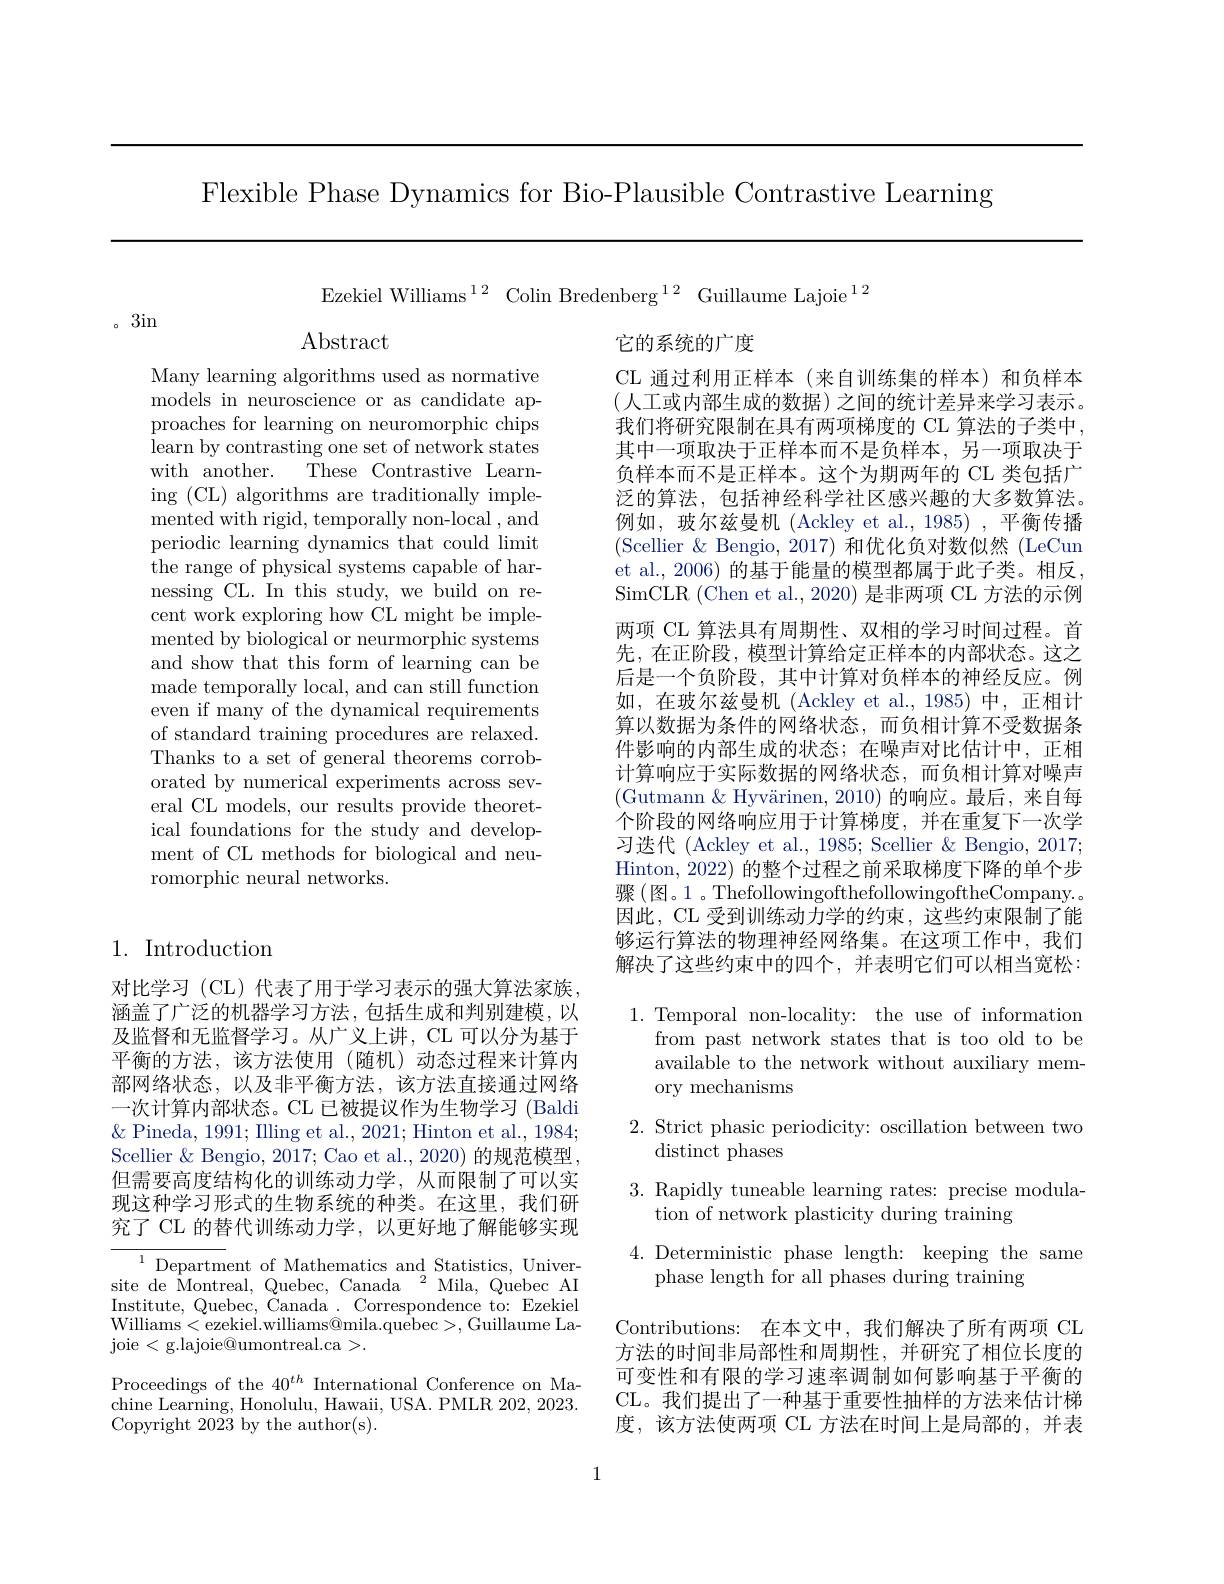
Flexible Phase Dynamics for Bio-Plausible Contrastive Learning

Ezekiel Williams$^{12}$ Colin Bredenberg$^{12}$ Guillaume Lajoie$^{12}$

。3in

Abstract

Many learning algorithms used as normative models in neuroscience or as candidate approaches for learning on neuromorphic chips learn by contrasting one set of network states with another. These Contrastive Learning (CL) algorithms are traditionally implemented with rigid, temporally non-local , and periodic learning dynamics that could limit ${\mathrm{~the~range~of~physical~systems~capable~of~har-}}$ nessing CL. In this study, we build on recent work exploring how CL might be implemented by biological or neurmorphic systems and show that this form of learning can be made temporally local, and can still function even if many of the dynamical requirements of standard training procedures are relaxed. Thanks to a set of general theorems corroborated by numerical experiments across several CL models, our results provide theoretical foundations for the study and development of CL methods for biological and neuromorphic neural networks.

它的系统的广度
CL 通过利用正样本(来自训练集的样本)和负样本(人工或内部生成的数据)之间的统计差异来学习表示。我们将研究限制在具有两项梯度的 CL 算法的子类中， 其中一项取决于正样本而不是负样本，另一项取决于负样本而不是正样本。这个为期两年的 CL 类包括广泛的算法，包括神经科学社区感兴趣的大多数算法。例如，玻尔兹曼机 (Ackley et al.,1985),平衡传播(Scellier & Bengio, 2017) 和优化负对数似然(LeCun et al., 2006) 的基于能量的模型都属于此子类。相反SimCLR (Chen et al., 2020) 是非两项 CL 方法的示例两项 CL 算法具有周期性、双相的学习时间过程。首先，在正阶段，模型计算给定正样本的内部状态。这之后是一个负阶段，其中计算对负样本的神经反应。例如，在玻尔兹曼机(Ackley et al.,1985)中，正相计算以数据为条件的网络状态，而负相计算不受数据条件影响的内部生成的状态；在噪声对比估计中，正相计算响应于实际数据的网络状态，而负相计算对噪声(Gutmann& Hyvärinen, 2010) 的响应。最后，来自每个阶段的网络响应用于计算梯度，并在重复下一次学习迭代 (Ackley et al., 1985; Scellier & Bengio, 2017; Hinton, 2022) 的整个过程之前采取梯度下降的单个步骤(图。1 。ThefollowingofthefollowingoftheCompany. 。因此，CL 受到训练动力学的约束，这些约束限制了能够运行算法的物理神经网络集。在这项工作中，我们解决了这些约束中的四个，并表明它们可以相当宽松：

## 1. Introduction

1. Temporal non-locality: the use of information
from past network states that is too old to be available to the network without auxiliary mem-### ory mechanisms

对比学习 (CL) 代表了用于学习表示的强大算法家族， 涵盖了广泛的机器学习方法，包括生成和判别建模，以及监督和无监督学习。从广义上讲，CL 可以分为基于平衡的方法，该方法使用(随机)动态过程来计算内部网络状态，以及非平衡方法，该方法直接通过网络一次计算内部状态。CL 已被提议作为生物学习 (Baldi $\&$ Pineda, 1991; Illing et al., 2021; Hinton et al., 1984; Scellier & Bengio, 2017; Cao et al., 2020) 的规范模型， 但需要高度结构化的训练动力学，从而限制了可以实现这种学习形式的生物系统的种类。在这里，我们研究了 CL 的替代训练动力学，以更好地了解能够实现

## 2. Strict phasic periodicity: oscillation between two distinct phases

3. Rapidly tuneable learning rates: precise modula-
tion of network plasticity during training

4. Deterministic phase length: keeping the same
phase length for all phases during training

$\begin{array}{ll}{{^{1}\text{Departm}}}&{{\mathrm{of~Mathematics~and~Statistics,~Univer-}}}\end{array}$ site de Montreal, Quebec, Canada $^2$Mila, Quebec AI Institute, Quebec, Canada . Correspondence to: Ezekiel Williams<ezekiel.williams@mila.quebec>,Guillaume La- ${\mathrm{joie~<~g.lajoie@umontreal.ca~>.}}$

Contributions: 在本文中，我们解决了所有两项 CL 方法的时间非局部性和周期性，并研究了相位长度的可变性和有限的学习速率调制如何影响基于平衡的CL。我们提出了一种基于重要性抽样的方法来估计梯度，该方法使两项 CL 方法在时间上是局部的，并表

Proceedings of the $40^{th}$ International Conference on Machine Learning, Honolulu, Hawaii, USA. PMLR 202, 2023. Copyright 2023 by the author(s).

1